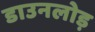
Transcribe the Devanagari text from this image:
डाउनलोड़